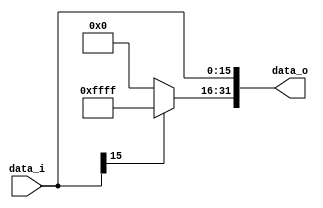
//Subject:     CO project 2 - Sign extend
//--------------------------------------------------------------------------------
//Version:     1
//--------------------------------------------------------------------------------
//Writer:      
//----------------------------------------------
//Date:        
//----------------------------------------------
//Description: 
//--------------------------------------------------------------------------------

module Sign_Extend(
    data_i,
    data_o
    );
               
//I/O ports
input   [16-1:0] data_i;
output  [32-1:0] data_o;

//Internal Signals
reg     [32-1:0] data_o;

//Sign extended
always@(data_i)
begin
	if(data_i[15]==1'b0) begin
		data_o=0;
		data_o[15:0]=data_i;
	end
	else begin
		data_o=-1;
		data_o[15:0]=data_i;
	end
end
endmodule